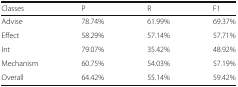
| Classes | P | R | F1 |
 | --- | --- | --- | --- |
 | Advise | 78.74% | 61.99% | 69.37% |
 | Effect | 58.29% | 57.14% | 57.71% |
 | Int | 79.07% | 35.42% | 48.92% |
 | Mechanism | 60.75% | 54.03% | 57.19% |
 | Overall | 64.42% | 55.14% | 59.42% |